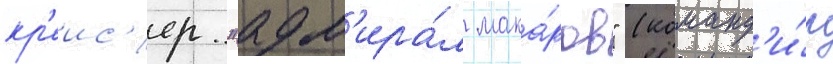
кр'еис'ер "адм'ира́л мака́ров" (команд'и́р